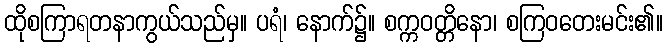
ထိုစကြာရတနာကွယ်သည်မှ။ ပရံ၊ နောက်၌။ စက္ကဝတ္တိနော၊ စကြဝတေးမင်း၏။